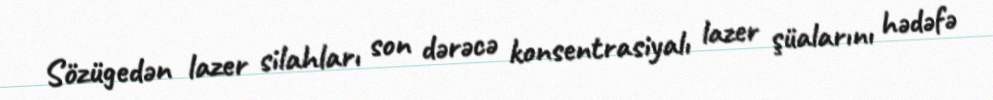
Sözügedən lazer silahları son dərəcə konsentrasiyalı lazer şüalarını hədəfə